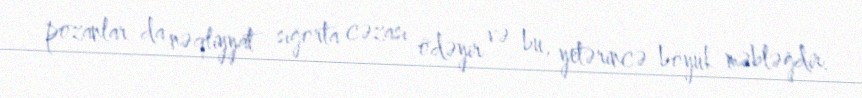
pozanlar da nəqliyyat sığorta cəzası ödəyir və bu, yetərincə böyük məbləğdir.